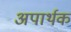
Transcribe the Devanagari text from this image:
अपार्थक